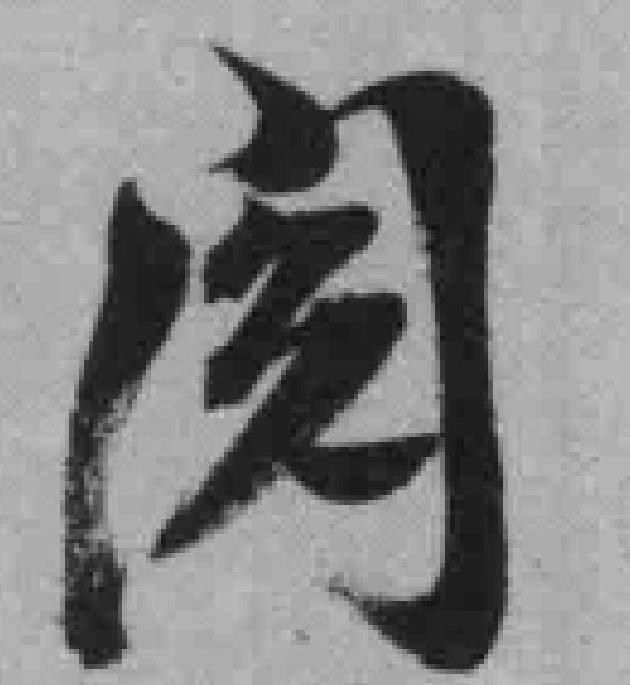
阅